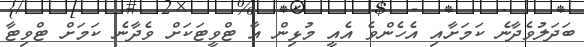
ބަދަލުވެދާނެ ކަމަށާއި އެހެންވެ އެއީ މުޅިން އާ ޓްވީޓަކަށް ވެދާނެ ކަމަށް ޓްވިޓާ